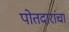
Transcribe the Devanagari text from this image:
पोतदारांचा